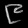
Digit: ၉